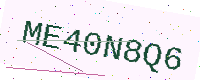
Text: ME40N8Q6